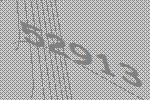
52913